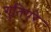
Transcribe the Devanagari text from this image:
गुतिएरे